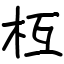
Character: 枑